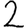
Digit: 2